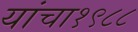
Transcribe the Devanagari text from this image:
यांचा१९८८